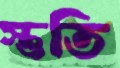
স্তুতি